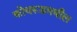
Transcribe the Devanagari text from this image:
कोथरूडमधील